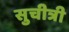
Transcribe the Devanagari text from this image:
सुचीत्री